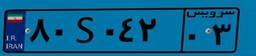
۸۰S۰۴۲۰۳